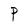
Character: P